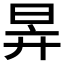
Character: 𣅹